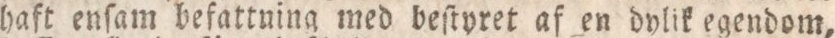
haft enſam befattuing med beſtyret af en dylik egendom,